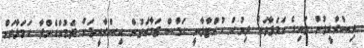
އިސްރާއީލުން ވައިގެ ހަމަލާތަށް ދިނުން ހުއްޓާލާނީ ހަމާސް ޖަމާއަތުން އިސްރާއީލަށް ދެމުންގެންދާ ހަމަލާތަށް